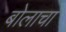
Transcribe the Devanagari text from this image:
बोलाचा